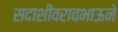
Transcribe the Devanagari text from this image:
सदाशीवरावभाऊने